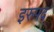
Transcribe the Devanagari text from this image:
इरुपद